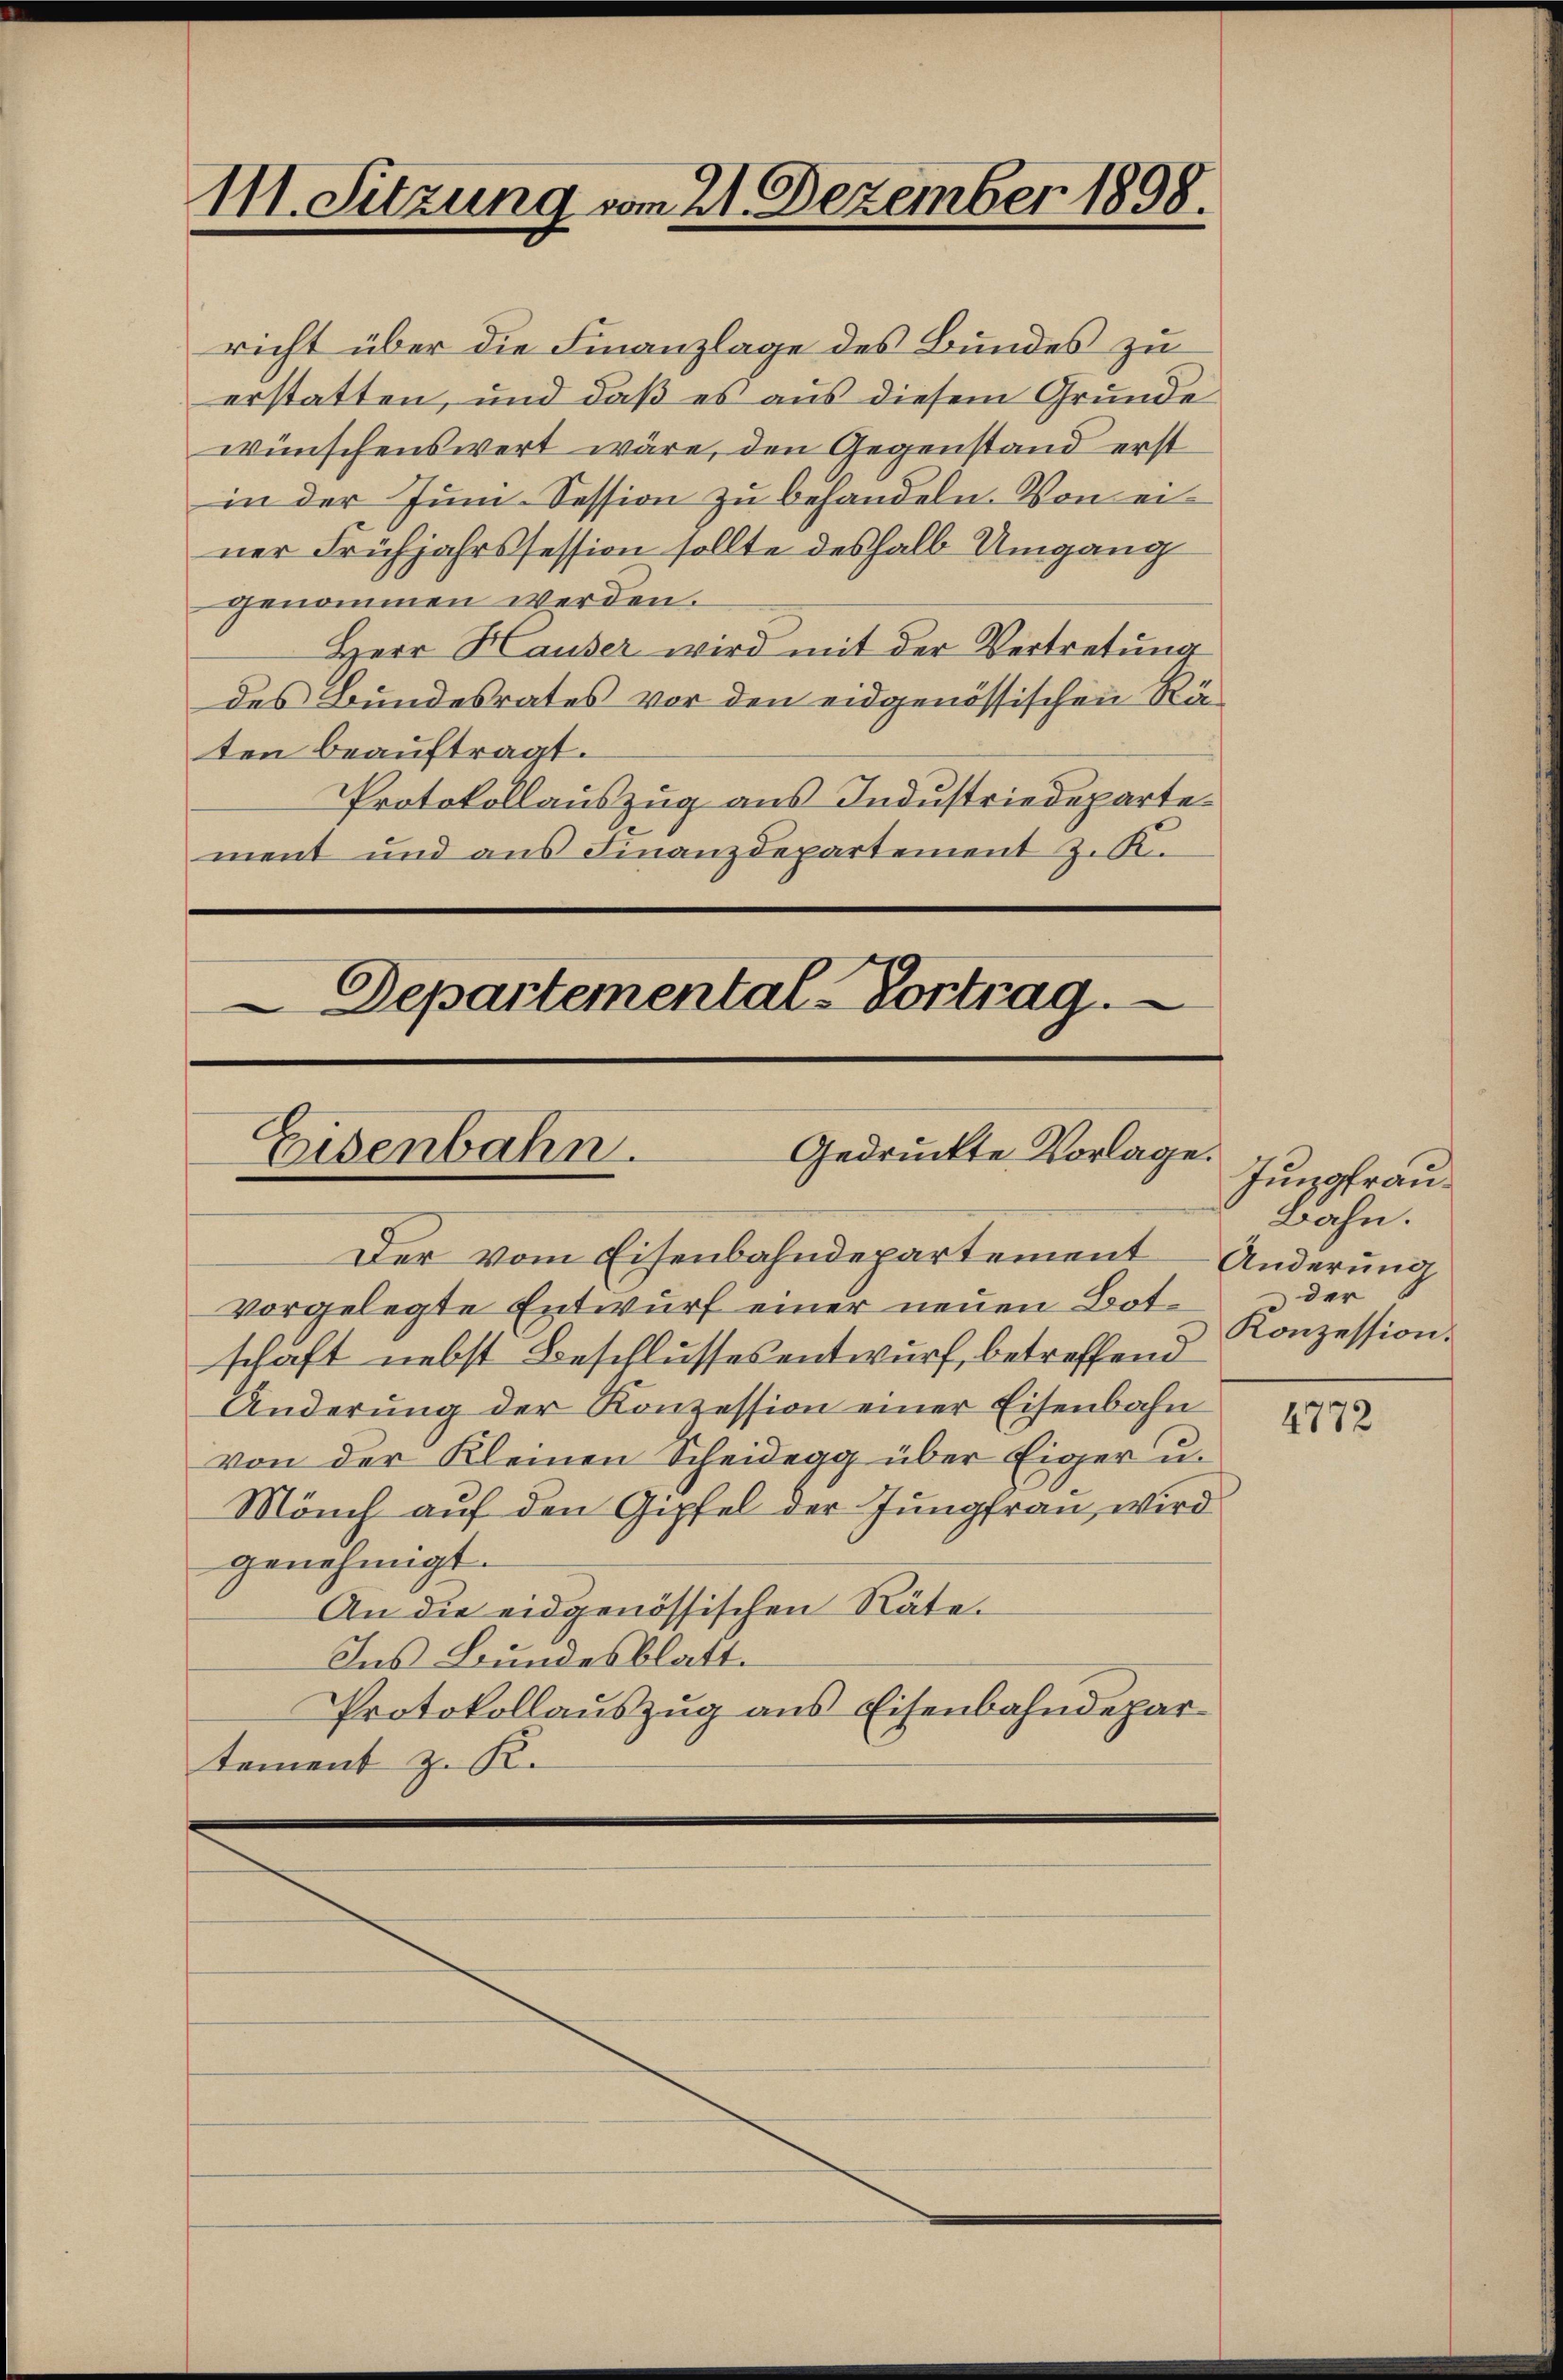
111. Sitzung vom 21. Dezember 1898.

richt über die Finanzlage des Bundes zu
erstatten, und daß es aus diesem Grunde
wünschenswert wäre, den Gegenstand erst
in der Jun. Session zu behandeln. Von einer Frühjahrssession sollte deshalb Umgang
genommen werden.
Herr Hauser wird mit der Vertretung
des Bundesrates vor den eidgenössischen Räten beauftragt.
Protokollauszug aus Industriedepartement und aus Finanzdepartement z. K.

Departemental-Vortrag.
Gedrückte Vorlage.
Eisenbahn.

Der vom Eisenbahndepartement Änderung
vorgelegte Entwurf einer neuen Botschaft nebst Beschlussesentwurf, betreffend
Änderŭng der Konzession einer Eisenbahn
von der Kleinen Scheidegg über Eiger u.
Mönch auf den Gipfel der Jungfrau, wird
genehmigt.
An die eidgenössischen Räte.
Ins Bundesblatt.
Protokollauszug aus Eisenbahndepar-
tement z. K.

Jungfrau.
Bahn.
der
Konzession.

4772